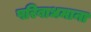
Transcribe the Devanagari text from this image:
परिबाधमाना